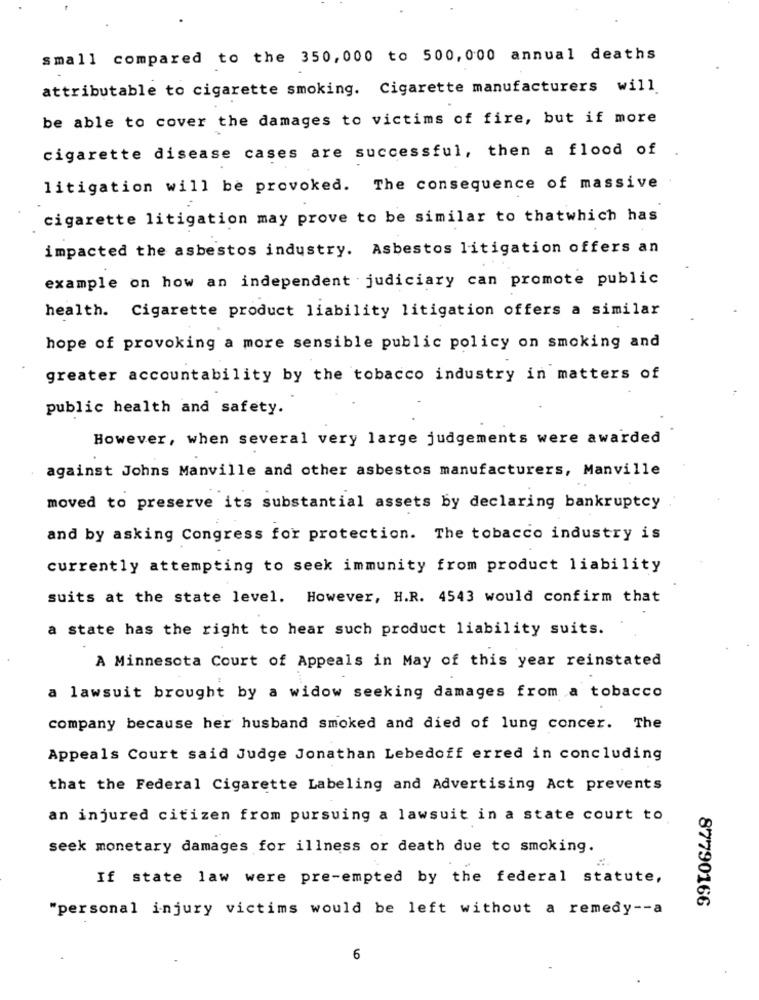
small compared to the 350,000 to 500, 000 annual deaths
attributable to cigarette smoking. Cigarette manufacturers will
be able to cover the damages to victims of fire, but if more
cigarette disease cases are successful, then a flood of .
litigation will be provoked. The consequence of massive
cigarette litigation may prove to be similar to thatwhich has
impacted the asbestos industry. Asbestos litigation offers an
example on how an independent judiciary can promote public
health. Cigarette product liability litigation offers a similar
hope of provoking a more sensible public policy on smoking and
greater accountability by the tobacco industry in matters of
public health and safety.
However, when several very large judgements were awarded
against Johns Manville and other asbestos manufacturers, Manville
moved to preserve its substantial assets by declaring bankruptcy
and by asking Congress for protection. The tobacco industry is
currently attempting to seek immunity from product liability
suits at the state level. However, H.R. 4543 would confirm that
a state has the right to hear such product liability suits.
A Minnesota Court of Appeals in May of this year reinstated
a lawsuit brought by a widow seeking damages from a tobacco
company because her husband smoked and died of lung concer. The
Appeals Court said Judge Jonathan Lebedoff erred in concluding
that the Federal Cigarette Labeling and Advertising Act prevents
an injured citizen from pursuing a lawsuit in a state court to
seek monetary damages for illness or death due to smoking.
If state law were pre-empted by the federal statute,
87790166
"personal injury victims would be left without a remedy -- a
6